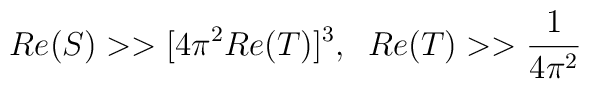
Re(S) >>[4 \pi^2Re(T)]^3,\;\;Re(T) >>\frac{1}{4 \pi^2}